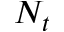
N _ { t }